system: You are a helpful assistant.
user:
Analyze the provided spectrum to determine if it is a **M-type Giant (gM)**.

A M-type Giant spectrum is defined by its **strong molecular absorption** features, particularly from **Titanium Oxide (TiO)**. You must check for one of the following mutually exclusive signatures:

- **Key Visual Indicators (Absorption-Dominated Spectrum):**

    - **(Primary):** The spectrum is dominated by strong molecular absorption from **Titanium Oxide (TiO)**. This is the **defining feature** of its M-type temperature class.
        - **(Key Bandheads):** Look for sharp, "saw-tooth" absorption valleys. The strongest are located near **~7050 Å**, **~6160 Å**, and **~5170 Å**.
        - **(Line Profile):** The "saw-tooth" morphology is critical: a **sharp, steep drop on the BLUE (short-wavelength) side** of the bandhead, followed by a gradual recovery (rising flux) towards the RED (long-wavelength) side.

    - **(Key Confirmation - Giant vs. Dwarf):** **ABSENCE** of strong **Calcium Hydride (CaH)** molecular bands. This is the primary diagnostic for *excluding* M-dwarfs.
        - **(Key Region):** The spectrum should lack the strong, broad absorption band seen in dwarfs between **~6800 Å and ~7000 Å**.

    - **(Secondary Confirmation - Giant):** A very strong and broad **Neutral Calcium (Ca I)** atomic absorption line.
        - **(Key Line):** Located at **~4226 Å**. In a giant (gM), this line is significantly deeper and broader than the same line in an M-dwarf (dM) due to low surface gravity.

    - **(Overall Spectrum):**
        - The continuum is **extremely red-sloping** (i.e., flux is very low in the blue and rises dramatically towards the red).
        - The entire spectrum appears "chopped up" by the deep TiO bands.

Think first, call **spectral_visualization_tool** if needed to examine features in detail, then provide your final answer. Your response must adhere to the following strict rules:
1.  **Overall Structure:** Your response must follow the format `<think>...</think> <tool_call>...</tool_call> (if a tool is used) <answer>...</answer>`.
2.  **Tool Usage Constraint:** You may only make **one** tool call per turn.
3.  **Final Answer Format:** In the `<answer>` tag, your conclusion must be inside a `\boxed{}` command (e.g., `\boxed{YES}` or `\boxed{NO}`), followed by your justification.

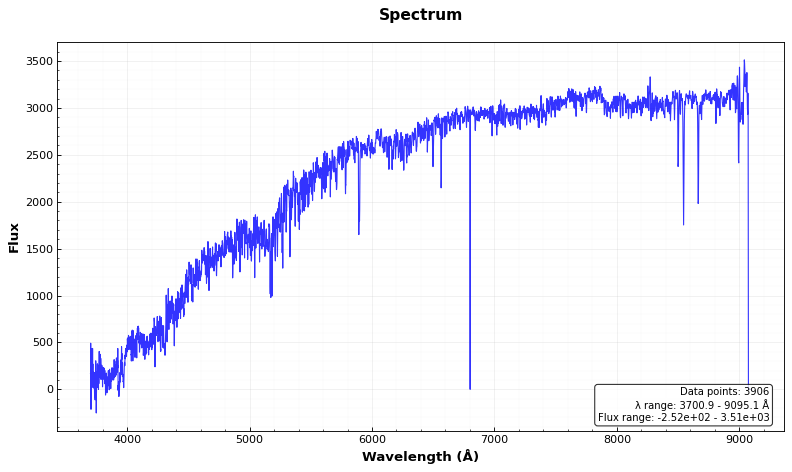
Answer: NO